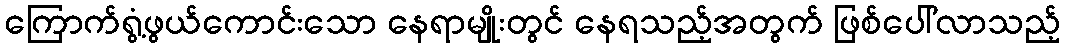
ကြောက်ရွံ့ဖွယ်ကောင်းသော နေရာမျိုးတွင် နေရသည့်အတွက် ဖြစ်ပေါ်လာသည့်